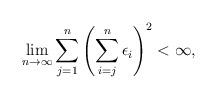
LaTeX: \begin{align*}\lim_{n\to \infty}\sum_{j=1}^n\left( \sum_{i=j}^n \epsilon_i \right)^2<\infty,\end{align*}